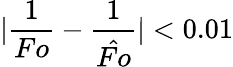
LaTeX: |\frac{1}{Fo}-\frac{1}{\hat{Fo}}|<0.01